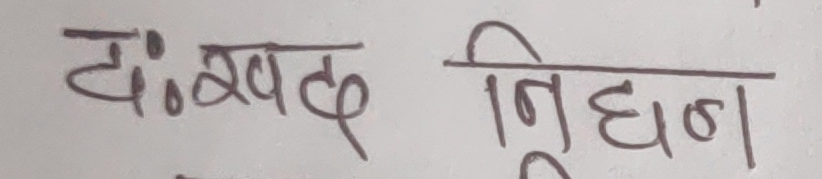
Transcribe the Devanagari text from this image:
दा:खट निधान